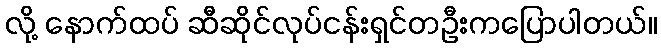
လို့ နောက်ထပ် ဆီဆိုင်လုပ်ငန်းရှင်တဦးကပြောပါတယ်။